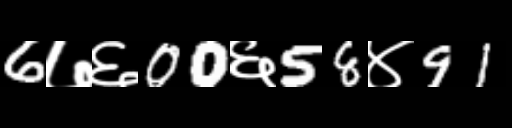
Text: 6७६00६58४91